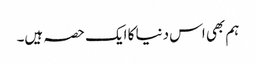
ہم بھی اس دنیا کا ایک حصہ ہیں۔